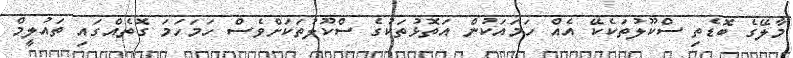
މާލޭގެ ބޮޑެތި ސްކޫލުތަކެކޭ އެއް ހަމައަކުން އަތޮޅުތަކުގެ ސްކޫލުތަކަށްވެސް ހަމަހަމަ ގޮތެއްގައި ތައުލީމް